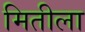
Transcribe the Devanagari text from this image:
मितीला